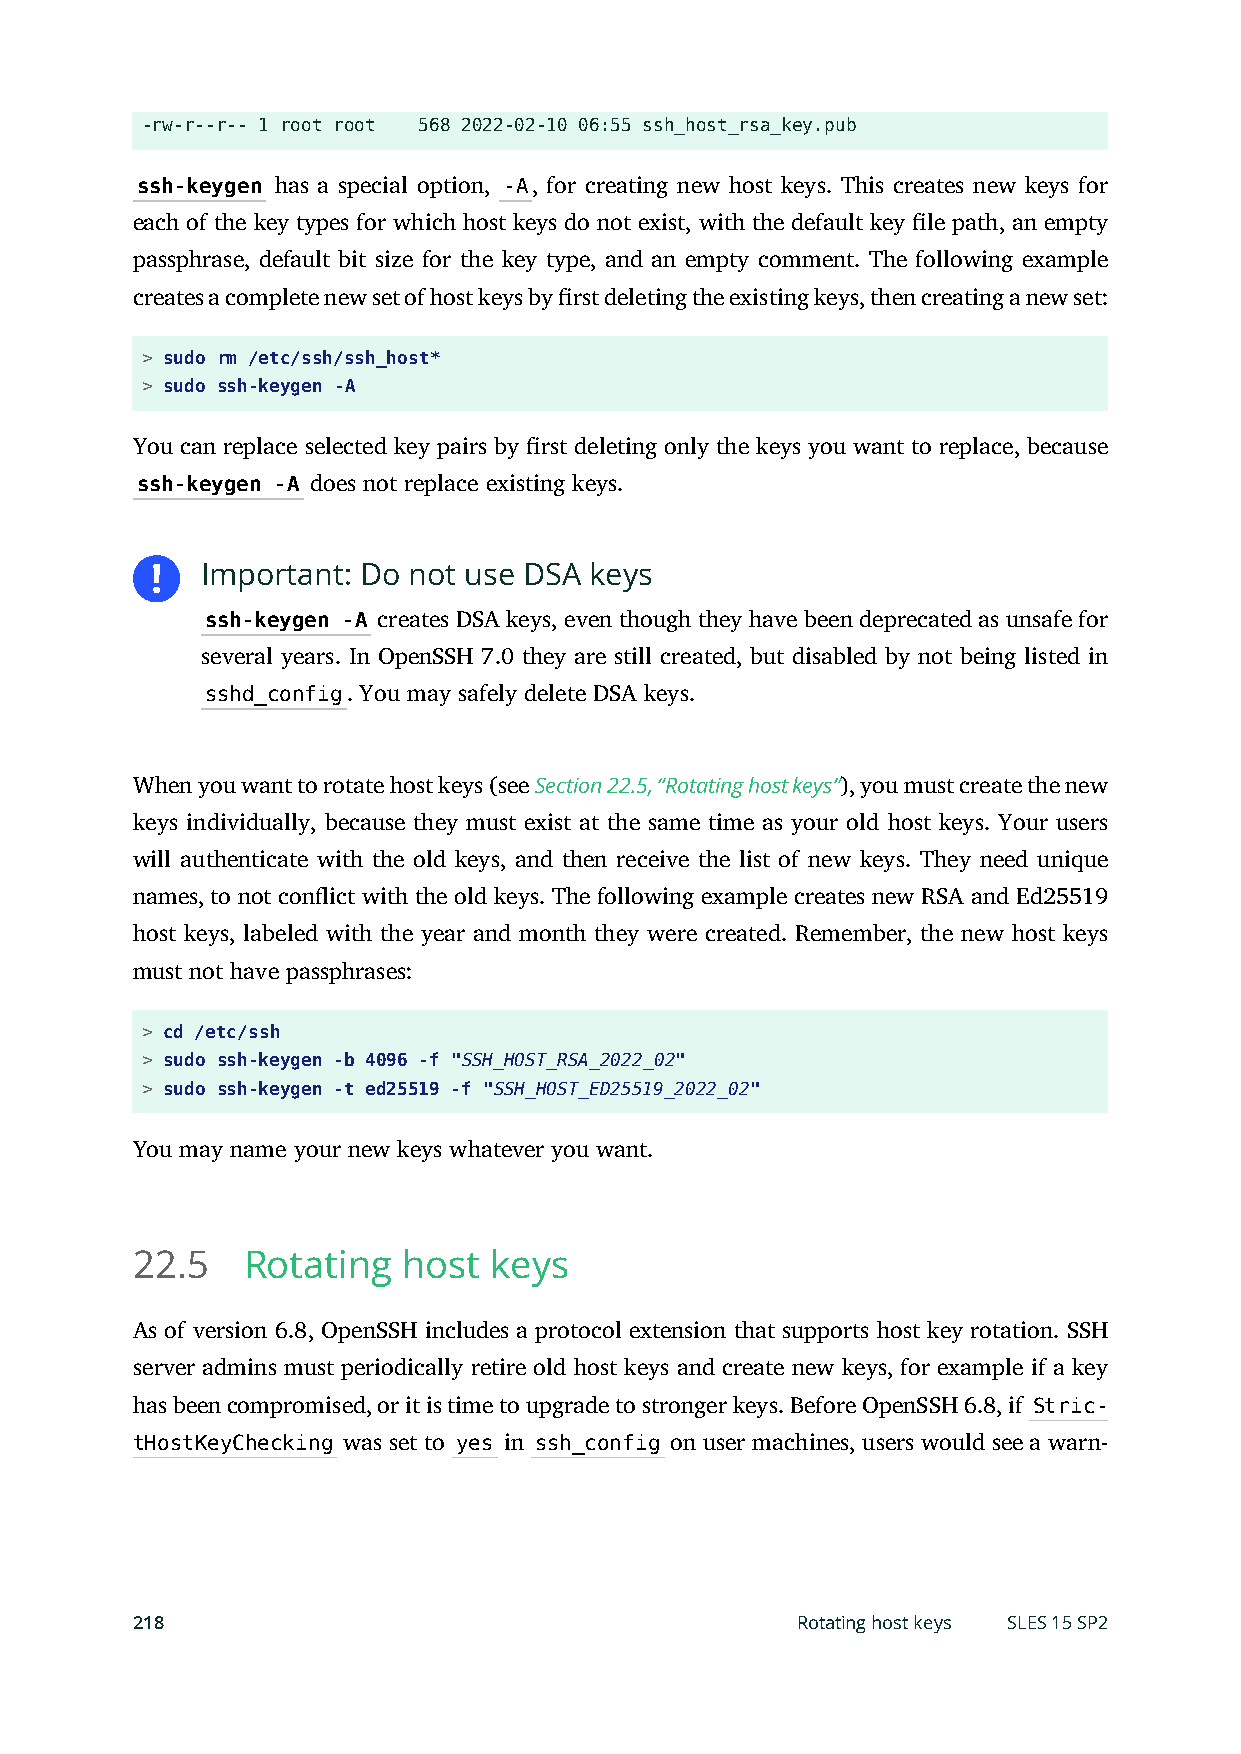
-rw-r--r-- 1 root root 568 2022-02-10 06:55 ssh_host_rsa_key.pub
 ssh-keygen has a special option, -A, for creating new host keys. This creates new keys for
 each of the key types for which host keys do not exist, with the default key le path, an empty
 passphrase, default bit size for the key type, and an empty comment. The following example
 creates a complete new set of host keys by rst deleting the existing keys, then creating a new set:
 > sudo rm /etc/ssh/ssh_host*
 > sudo ssh-keygen -A
 You can replace selected key pairs by rst deleting only the keys you want to replace, because
 ssh-keygen -A does not replace existing keys.
 Important: Do not use DSA keys
 ssh-keygen -A creates DSA keys, even though they have been deprecated as unsafe for
 several years. In OpenSSH 7.0 they are still created, but disabled by not being listed in
 sshd_config. You may safely delete DSA keys.
 When you want to rotate host keys (see Section 22.5, “Rotating host keys”), you must create the new
 keys individually, because they must exist at the same time as your old host keys. Your users
 will authenticate with the old keys, and then receive the list of new keys. They need unique
 names, to not conflict with the old keys. The following example creates new RSA and Ed25519
 host keys, labeled with the year and month they were created. Remember, the new host keys
 must not have passphrases:
 > cd /etc/ssh
 > sudo ssh-keygen -b 4096 -f "SSH_HOST_RSA_2022_02"
 > sudo ssh-keygen -t ed25519 -f "SSH_HOST_ED25519_2022_02"
 You may name your new keys whatever you want.
 22.5   Rotating   host keys
 As of version 6.8, OpenSSH includes a protocol extension that supports host key rotation. SSH
 server admins must periodically retire old host keys and create new keys, for example if a key
 has been compromised, or it is time to upgrade to stronger keys. Before OpenSSH 6.8, if Stric-
 tHostKeyChecking was set to yes in ssh_config on user machines, users would see a warn-
 218                                         Rotating host keys SLES 15 SP2